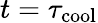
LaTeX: t=\tau_{\mathrm{cool}}